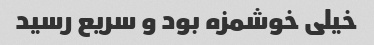
خیلی خوشمزه بود و سریع رسید